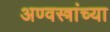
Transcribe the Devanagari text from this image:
अण्वस्त्रांच्या